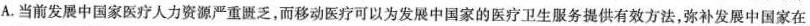
A.当前发展中国家医疗人力资源严重匮乏，而移动医疗可以为发展中国家的医疗卫生服务提供有效方法，弥补发展中国家在